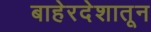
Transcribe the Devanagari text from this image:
बाहेरदेशातून